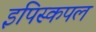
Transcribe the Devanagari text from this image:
इपिस्कपल